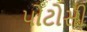
પોટોસી